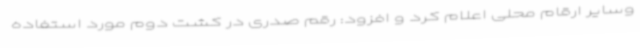
وسایر ارقام محلی اعلام کرد و افزود: رقم صدری در کشت دوم مورد استفاده